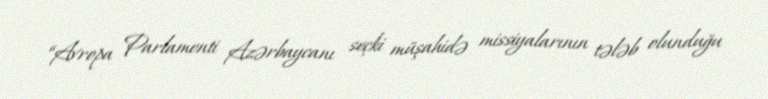
“Avropa Parlamenti Azərbaycanı seçki müşahidə missiyalarının tələb olunduğu